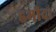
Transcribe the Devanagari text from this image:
हमीद।